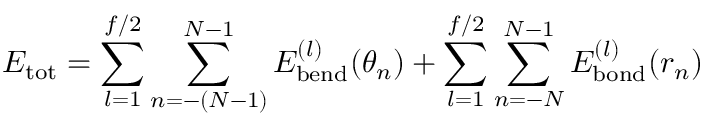
E _ { \mathrm { t o t } } = \sum _ { l = 1 } ^ { f / 2 } \sum _ { n = - ( N - 1 ) } ^ { N - 1 } E _ { \mathrm { b e n d } } ^ { ( l ) } ( \theta _ { n } ) + \sum _ { l = 1 } ^ { f / 2 } \sum _ { n = - N } ^ { N - 1 } E _ { \mathrm { b o n d } } ^ { ( l ) } ( r _ { n } )